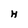
Character: H